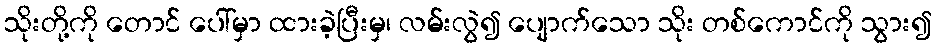
သိုးတို့ကို တောင် ပေါ်မှာ ထားခဲ့ပြီးမှ၊ လမ်းလွဲ၍ ပျောက်သော သိုး တစ်ကောင်ကို သွား၍